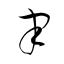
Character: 聿